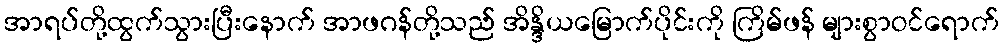
အာရပ်တို့ထွက်သွားပြီးနောက် အာဖဂန်တို့သည် အိန္ဒိယမြောက်ပိုင်းကို ကြိမ်ဖန် များစွာဝင်ရောက်